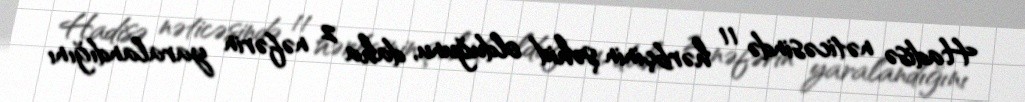
Hadisə nəticəsində 11 hərbçinin şəhid olduğunu, daha 2 nəfərin yaralandığını